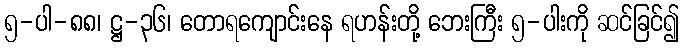
၅-ပါ-၈၈၊ ဋ္ဌ-၃၆၊ တောရကျောင်းနေ ရဟန်းတို့ ဘေးကြီး ၅-ပါးကို ဆင်ခြင်၍